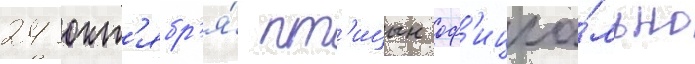
24 окт'ябр'я́ пт'ицын оф'ициа́льно